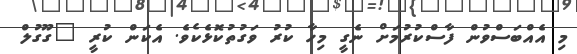
މި އެއްބަސްވުން ފާސްކުރުމަށް ނެގީ މިހާ ކުރު ވަގުތުކޮޅެކެވެ. އެކަން ކުރީ "ގޫގުލް